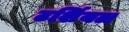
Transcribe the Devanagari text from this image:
टर्शियल